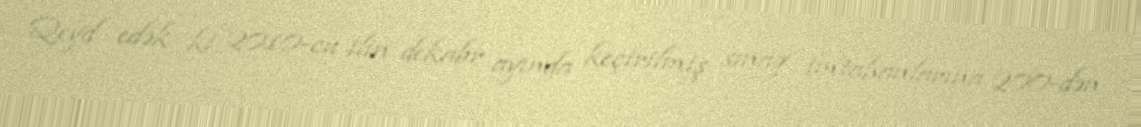
Qeyd edək ki, 2010-cu ilin dekabr ayında keçirilmiş sınaq imtahanlarına 200-dən